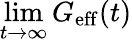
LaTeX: \operatorname*{lim}_{t\to\infty}G_{\mathrm{eff}}(t)